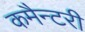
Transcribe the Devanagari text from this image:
कमैन्टरी